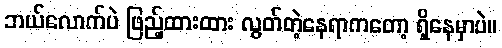
ဘယ်လောက်ပဲ ဖြည့်ထားထား လွတ်တဲ့နေရာကတော့ ရှိနေမှာပဲ။